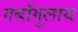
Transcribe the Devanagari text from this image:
गर्बांगुलाय